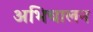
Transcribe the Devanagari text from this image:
अभिचालन